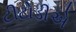
ટીટોડીએ